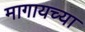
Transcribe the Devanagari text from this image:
मागायच्या